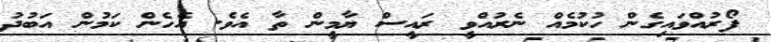
ފޯރުއްވައިގެން ހުކުމެއް ނެރުއްވީ ރައީސް ޔާމީން ތާ އެވެ. އެހެން ކަމުން އަބުދު